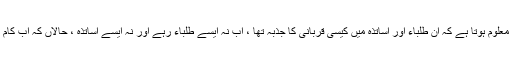
اسے جان کر ہمیں معلوم ہوتا ہے کہ ان طلباء اور اساتذہ میں کیسی قربانی کا جذبہ تھا ، اب نہ ایسے طلباء رہے اور نہ ایسے اساتذہ ، حالاں کہ اب کام زیادہ بڑھ گیا ہے ۔